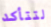
لتتأكد